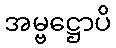
အမ္ဗဋ္ဌောပိ